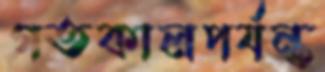
গতকালপর্যন্ত